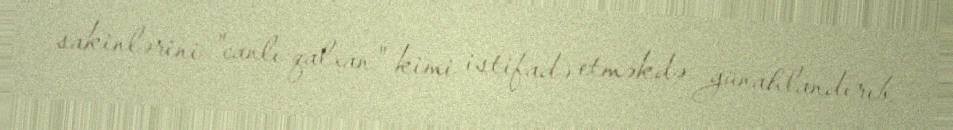
sakinlərini "canlı qalxan" kimi istifadə etməkdə günahlandırıb.